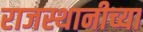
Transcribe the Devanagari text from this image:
राजस्थानीच्या